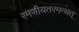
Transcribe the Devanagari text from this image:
रमणीयतरमन्यत्